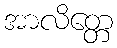
အာလိတ္တေ